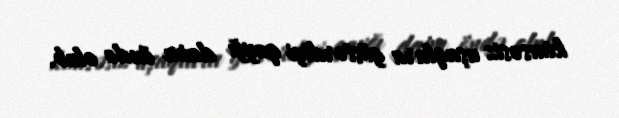
kimsəsiz uşaqlara göstərdiyi qayğı daim öndə olub.